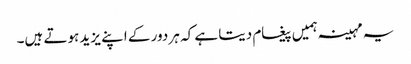
یہ مہینہ ہمیں پیغام دیتا ہے کہ ہر دور کے اپنے یزید ہوتے ہیں۔